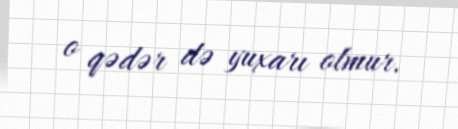
o qədər də yuxarı olmur.